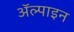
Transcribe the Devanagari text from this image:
ॲल्पाइन